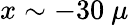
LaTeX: x\sim-30\ \mu